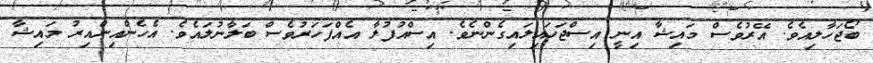
ބޯޖަހާލިއެވެ. އޭރުވެސް މައިޝާ އިނީ އިސްޖަހައިލައިގެންނެވެ. އިސްއުފުލާ އެއްފަހަރުވެސް ބަލާނުލައެވެ. އެހެންއިންއިރު މައިޝާ